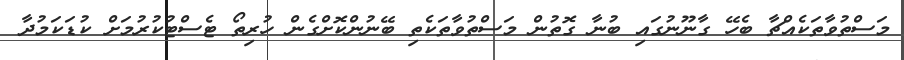
މަސްތުވާތަކެއްޗާ ބެހޭ ގާނޫނުގައި ބުނާ ގޮތުން މަސްތުވާތަކެތި ބޭނުންކޮށްގެން ހުރިތޯ ޓެސްޓުކުރުމަށް ކުޑަކަމުދާ